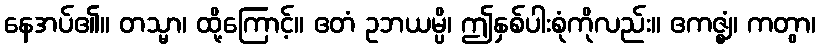
နေအပ်၏။ တသ္မာ၊ ထို့ကြောင့်။ ဧတံ ဥဘယမ္ပိ၊ ဤနှစ်ပါးစုံကိုလည်း။ ဧကဇ္ဈံ၊ ကတွာ၊